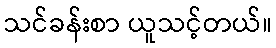
သင်ခန်းစာ ယူသင့်တယ်။